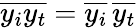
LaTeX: \overline{{y_{i}y_{t}}}=\overline{{y_{i}}}\, \overline{{y_{t}}}